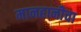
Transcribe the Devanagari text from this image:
मानहानीचा